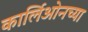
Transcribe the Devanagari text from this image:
कार्लिओनच्या